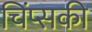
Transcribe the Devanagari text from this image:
चिंप्सकी